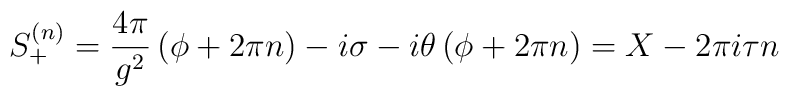
S^{(n)}_{+}=\frac{4\pi}{g^{2}}\left(\phi + 2\pi n\right) -i\sigma-i\theta\left(\phi+2\pi n\right)= X-2\pi i \tau n